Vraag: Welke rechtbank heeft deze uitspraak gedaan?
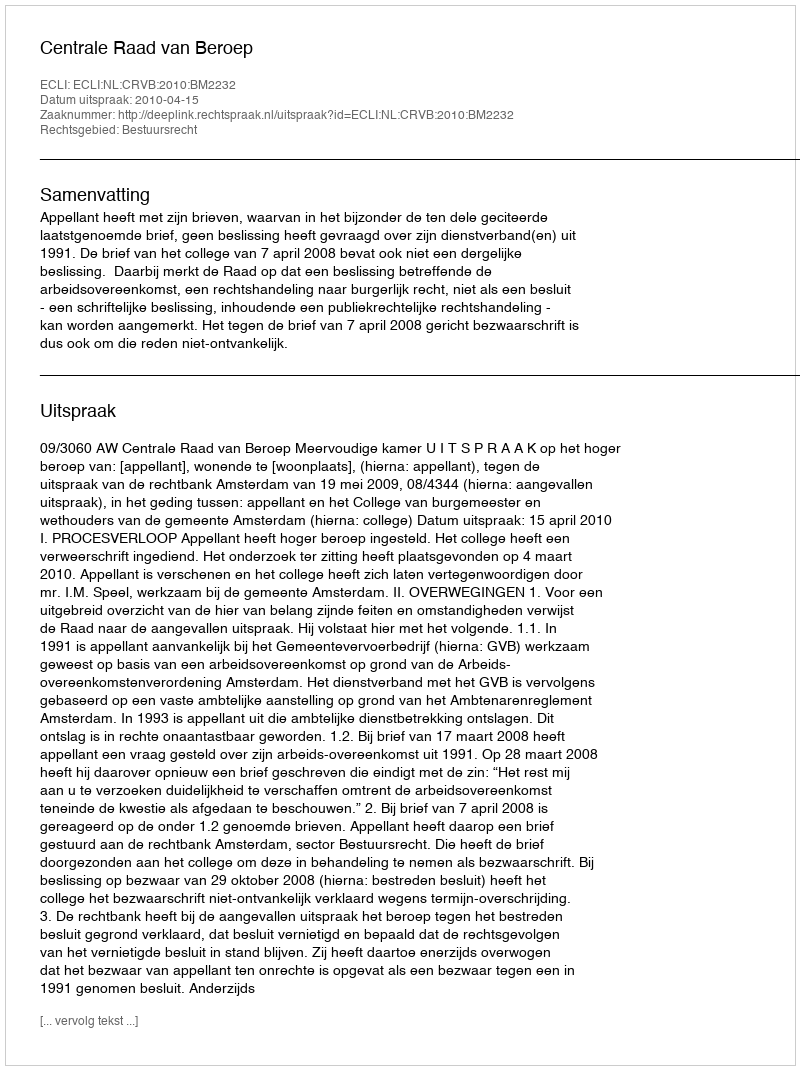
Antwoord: Centrale Raad van Beroep